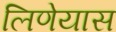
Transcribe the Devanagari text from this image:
लिणेयास